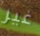
غير